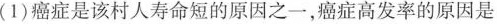
(1)癌症是该村人寿命短的原因之一，癌症高发率的原因是